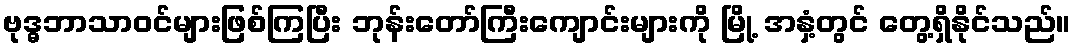
ဗုဒ္ဓဘာသာဝင်များဖြစ်ကြပြီး ဘုန်းတော်ကြီးကျောင်းများကို မြို့ အနှံ့တွင် တွေ့ရှိနိုင်သည်။